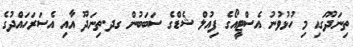
ތިނަދޫގައި މި ހުޅުވުނު އެސްޓީއޯގެ ފިއުލް ޝެޑްގެ ސަބަބުން ގދ.ތިނަދޫ އާއި އެސަރަހައްދުގެ